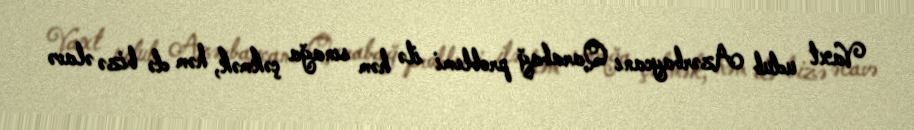
Vaxt udub Azərbaycanı Qarabağ problemi ilə həm sınağa çəkmək, həm də bizə əlavə